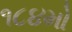
૧૮૪મો